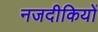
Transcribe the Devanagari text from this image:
नजदीकियों